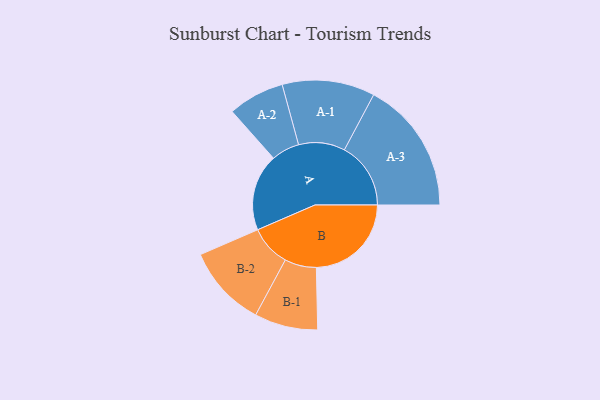
{"axis": {"x": "Segment", "y": "Value"}, "legend": ["", "A", "B"], "data": [{"x": "A", "y": 330, "type": ""}, {"x": "B", "y": 408, "type": ""}, {"x": "A-1", "y": 199, "type": "A"}, {"x": "A-2", "y": 121, "type": "A"}, {"x": "A-3", "y": 285, "type": "A"}, {"x": "B-1", "y": 136, "type": "B"}, {"x": "B-2", "y": 176, "type": "B"}]}